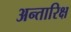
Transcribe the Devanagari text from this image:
अन्तारिक्ष